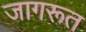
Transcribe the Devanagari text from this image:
जागरूत